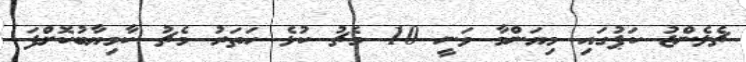
ޗެލެންޖު ކަޕުގައި މިޔަންމާ ވަނީ 10 މެޗު ކުޅެ ހަތަރު މެޗު ކާމިޔާބުކޮށްފަ